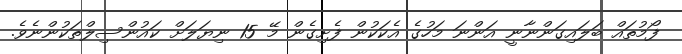
ފޯމުތައް ބަލައިގަންނާނީ އަންނަ މަހުގެ އެކަކުން ފެށިގެން މޭ 15 ނިޔަލަށް ކައުންސިލްތަކުންނެވެ.